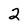
Character: 2